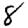
Digit: 8